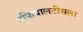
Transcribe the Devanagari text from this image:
एफियालटीसला